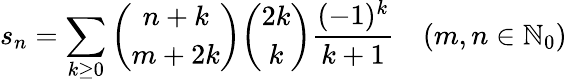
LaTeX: s_{n}=\sum_{k\geq 0}{{\binom{n+k}{m+2k}}{\binom{2k}{k}}{\frac{(-1)^{k}}{k+1}}}\quad(m,n\in\mathbb{N}_{0})